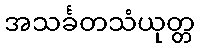
အသင်္ခတသံယုတ္တ